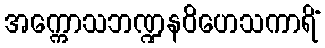
အက္ကောသဘဏ္ဍနဝိဟေသကာရိံ